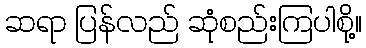
ဆရာ ပြန်လည် ဆုံစည်းကြပါစို့။